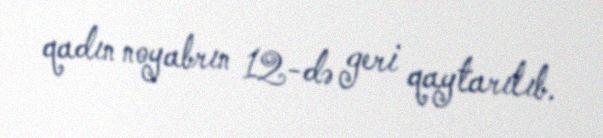
qadın noyabrın 12-də geri qaytarılıb.